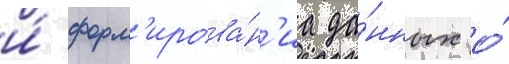
и́ форм'ирова́н'иа да́нных о́